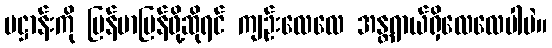
ပဋ္ဌာန်းကို မြန်မာပြန်ဖို့ဆိုရင် ကျဉ်းလေလေ အန္တရာယ်ရှိလေလေပါပဲ။